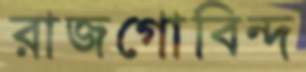
রাজগোবিন্দ